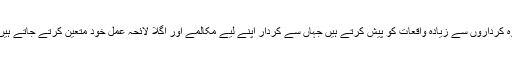
وہ کرداروں سے زیادہ واقعات کو پیش کرتے ہیں جہاں سے کردار اپنے لیے مکالمے اور اگلا لائحہ عمل خود متعین کرتے جاتے ہیں۔